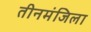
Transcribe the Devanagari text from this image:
तीनमंजिला